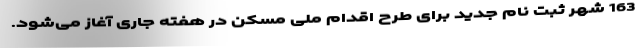
163 شهر ثبت نام جدید برای طرح اقدام ملی مسکن در هفته جاری آغاز می‌شود.